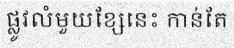
ផ្លូវលំមួយខ្សែនេះ កាន់តែ